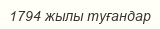
1794 жылы туғандар